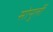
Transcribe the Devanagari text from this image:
सोनुर्ली